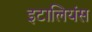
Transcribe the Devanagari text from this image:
इटालियंस